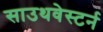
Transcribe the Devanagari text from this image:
साउथवेस्टर्न